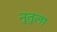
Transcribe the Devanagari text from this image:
नुतुला